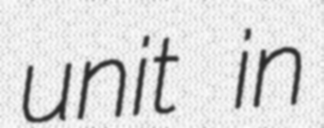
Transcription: unit in